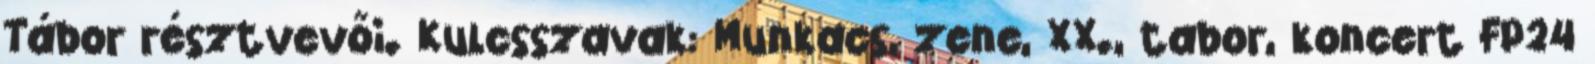
Tábor résztvevői. Kulcsszavak: Munkacs, zene, XX., tabor, koncert FP24